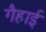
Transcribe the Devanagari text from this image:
गैहाई